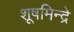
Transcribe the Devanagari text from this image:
शूषमिन्द्रे